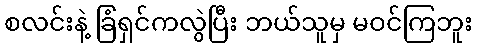
စလင်းနဲ့ ခြံရှင်ကလွဲပြီး ဘယ်သူမှ မဝင်ကြဘူး